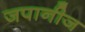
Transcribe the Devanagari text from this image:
जपानीज